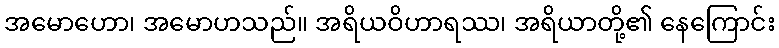
အမောဟော၊ အမောဟသည်။ အရိယဝိဟာရဿ၊ အရိယာတို့၏ နေကြောင်း